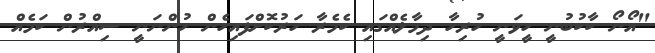
"އޯނޯ ކާކުބުނީ ހީވަނީ ހުރިހާ ދިމާލެއްގައި ކެމެރާ ހަރުކޮށްފައިހެން ހުންނަނީ ސިއްރުން ކަމެއް